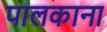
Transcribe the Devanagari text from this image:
पालकाना